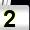
Digit: 2